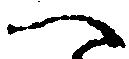
ヘ